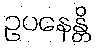
ဥပနေန္တိ